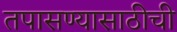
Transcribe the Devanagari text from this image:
तपासण्यासाठीची